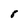
Character: 8